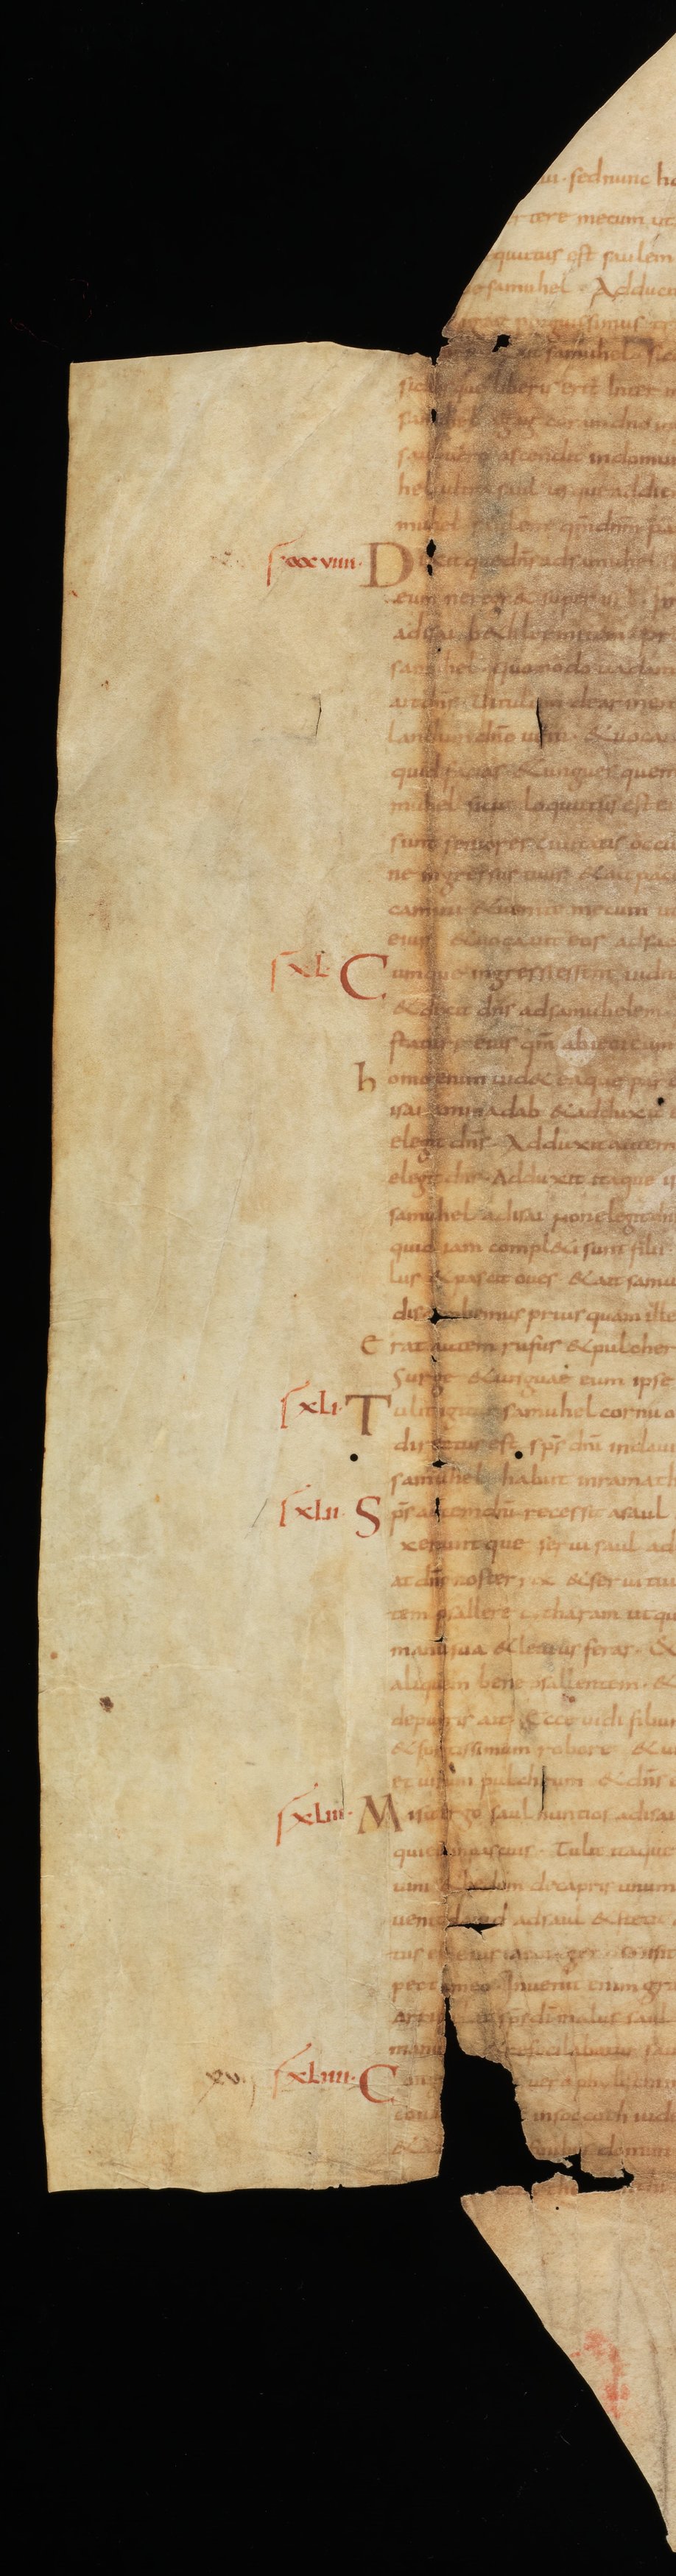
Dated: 835–865